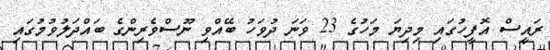
ރައީސް އޮފީހުގައި މިދިޔަ މަހުގެ 23 ވަނަ ދުވަހު ބޭއްވި ނޫސްވެރިންގެ ބައްދަލުވުމުގައި